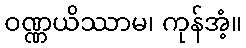
ဝဏ္ဏယိဿာမ၊ ကုန်အံ့။